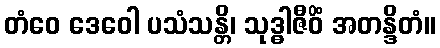
တံဝေ ဒေဝေါ ပသံသန္တိ၊ သုဒ္ဓါဇီဝိံ အတန္ဒိတံ။